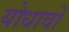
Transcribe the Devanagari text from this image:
योधावों